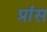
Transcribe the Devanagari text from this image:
प्रांस